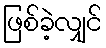
ဖြစ်ခဲ့လျှင်